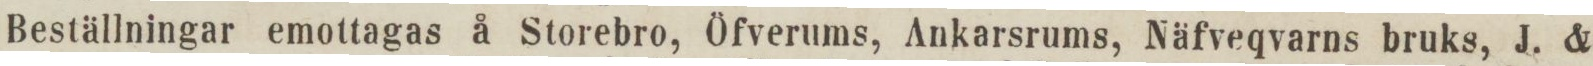
Beställningar emottagas å Storebro, Öfverums, Ankarsrums, Näfveqvarns bruks, J. &